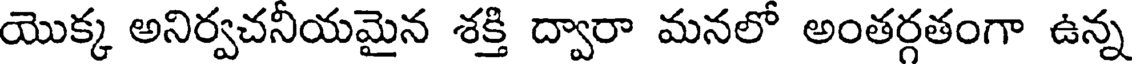
యొక్క అనిర్వచనీయమైన శక్తి ద్వారా మనలో అంతర్గతంగా ఉన్న